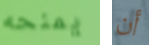
يمنحه أن